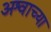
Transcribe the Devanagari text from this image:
अश्वाच्या